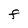
Character: F